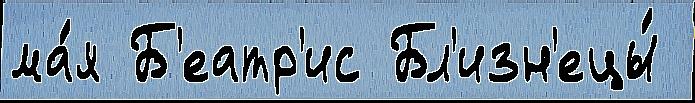
ма́я Б'еатр'ис Бл'изн'ецы́